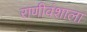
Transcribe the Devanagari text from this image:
राणीवंशाला